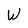
Character: W